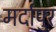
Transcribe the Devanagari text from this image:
मर्दापुर